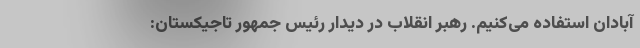
آبادان استفاده می‌کنیم. رهبر انقلاب در دیدار رئیس جمهور تاجیکستان: